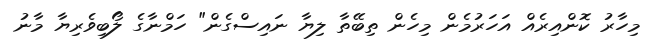
މިހާރު ކޮންއިރެއް އަހަރުމެން މިހެން ތިބޭތާ ލިޔާ ނައިސްގެން" ހަމްނާގެ ލޯބިވެރިޔާ މާނު